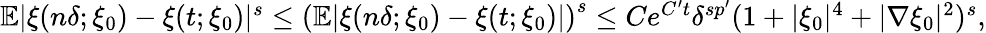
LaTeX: \begin{array}{r}{\mathbb{E}|\xi(n\delta;\xi_{0})-\xi(t;\xi_{0})|^{s}\leq\left(\mathbb{E}|\xi(n\delta;\xi_{0})-\xi(t;\xi_{0})|\right)^{s}\leq Ce^{C^{\prime}t}\delta^{s{p^{\prime}}}(1+|\xi_{0}|^{4}+|\nabla\xi_{0}|^{2})^{s},}\end{array}